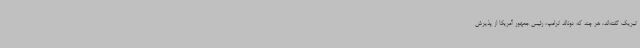
تبریک گفته‌اند، هر چند که دونالد ترامپ، رئیس جمهور آمریکا از پذیرش